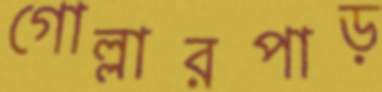
গোল্লারপাড়